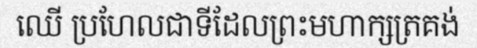
ឈើ ប្រហែលជាទីដែលព្រះមហាក្សត្រគង់